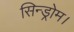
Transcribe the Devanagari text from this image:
सिन्ड्रोम।